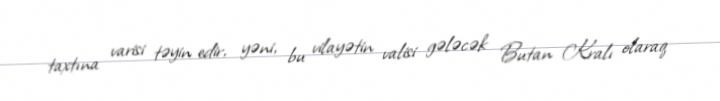
taxtına varisi təyin edir, yəni, bu vilayətin valisi gələcək Butan Kralı olaraq